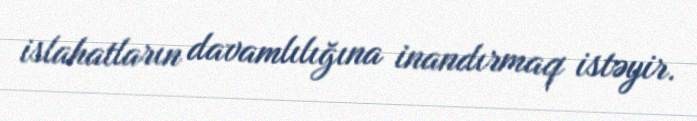
islahatların davamlılığına inandırmaq istəyir.